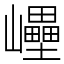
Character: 㠥